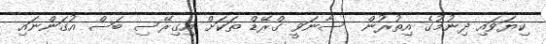
ކިޔަވައި ދިނުމުގެ އިތުރުން  ސާނަވީ ގްރޭޑް ތަކަށް އިގިރޭސި ބަސް އުގަންނައި